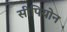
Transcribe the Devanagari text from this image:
सीपियोन